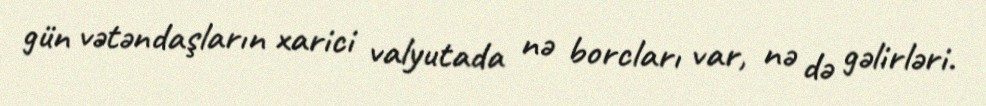
gün vətəndaşların xarici valyutada nə borcları var, nə də gəlirləri.